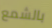
بالشمع